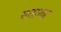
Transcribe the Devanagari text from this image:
सतारुढ़